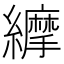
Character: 𦇑